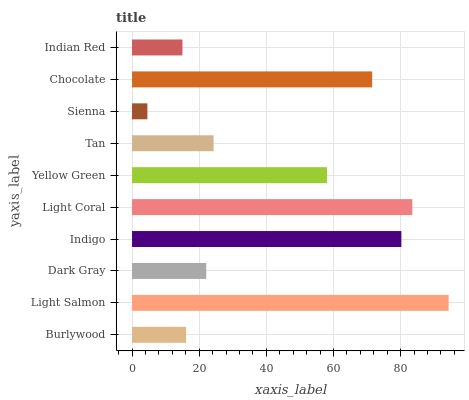
| yaxis_label | bars |
 | --- | --- |
 | Burlywood | 16.1 |
 | Light Salmon | 94.3 |
 | Dark Gray | 22.1 |
 | Indigo | 80.2 |
 | Light Coral | 83.5 |
 | Yellow Green | 58.1 |
 | Tan | 24.3 |
 | Sienna | 4.58 |
 | Chocolate | 71.5 |
 | Indian Red | 15 |